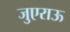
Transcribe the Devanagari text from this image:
जुएराऊ